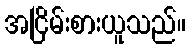
အငြိမ်းစားယူသည်။